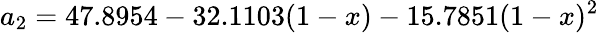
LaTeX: a_{2}=47.8954-32.1103(1-x)-15.7851(1-x)^{2}